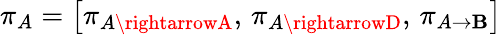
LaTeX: \pi_{A}=\left[\pi_{A\rightarrowA},\, \pi_{A\rightarrowD},\, \pi_{A\rightarrow\mathbf{B}}\right]